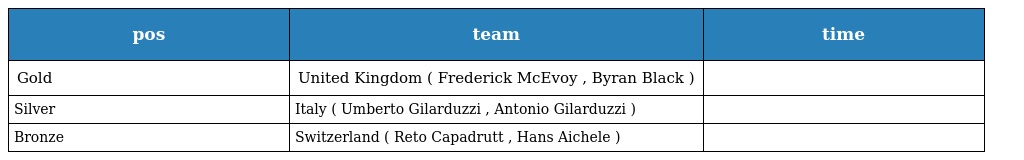
| pos | team | time |
 | --- | --- | --- |
 | Gold | United Kingdom ( Frederick McEvoy , Byran Black ) |  |
 | Silver | Italy ( Umberto Gilarduzzi , Antonio Gilarduzzi ) |  |
 | Bronze | Switzerland ( Reto Capadrutt , Hans Aichele ) |  |